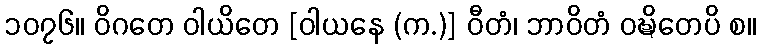
၁၀၇၆။ ဝိဂတေ ဝါယိတေ [ဝါယနေ (က.)] ဝီတံ၊ ဘာဝိတံ ဝဍ္ဎိတေပိ စ။